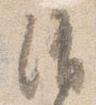
消